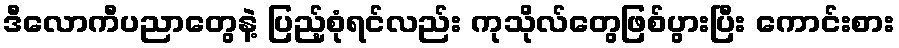
ဒီလောကီပညာတွေနဲ့ ပြည့်စုံရင်လည်း ကုသိုလ်တွေဖြစ်ပွားပြီး ကောင်းစား